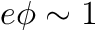
e \phi \sim 1